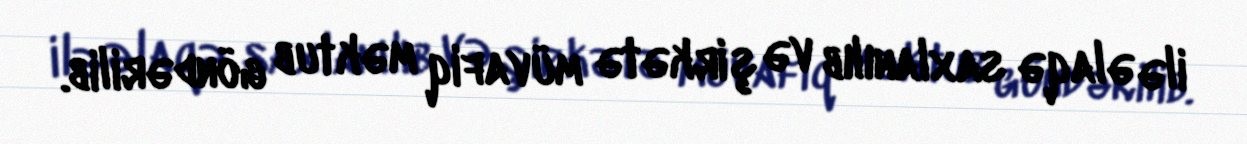
ilə əlaqə saxlanılıb və şirkətə müvafiq məktub göndərilib.